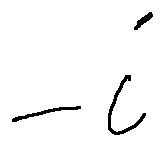
- i